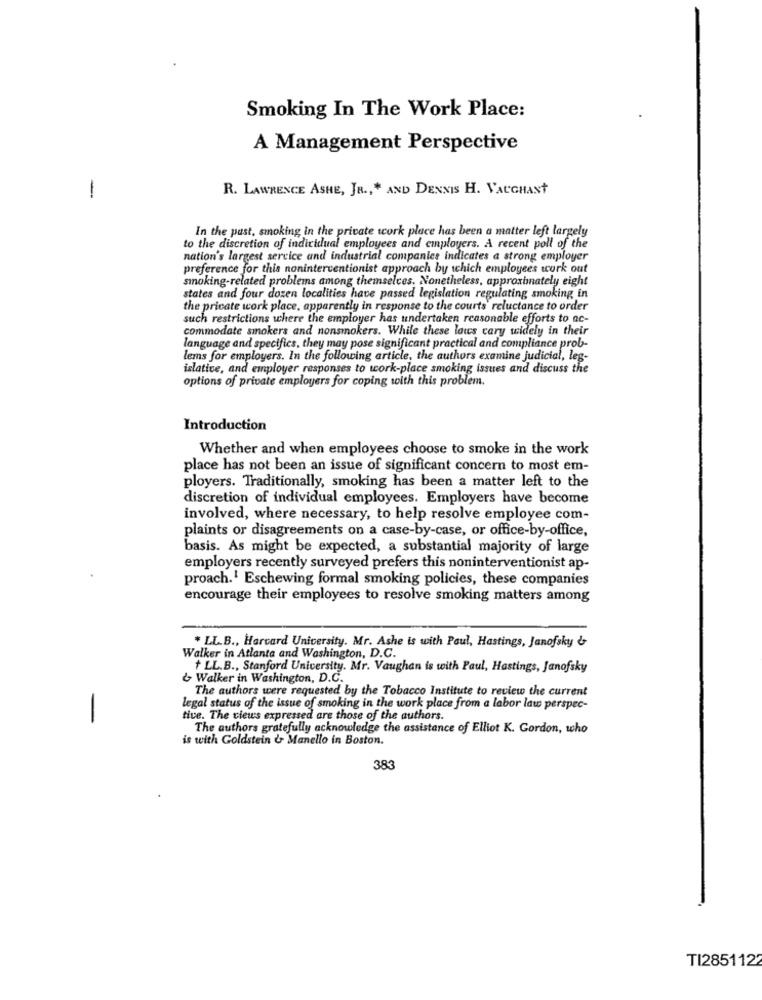
Smoking In The Work Place:
A Management Perspective
-
R. LAWRENCE ASHE, JR ., " AND DENNIS H. VAUGHANt
In the past, smoking in the private work place has been a matter left largely
to the discretion of individual employees and employers. A recent poll of the
nation's largest service and industrial companies indicates a strong employer
preference for this noninterventionist approach by which employees work out
smoking-related problems among themselves. Nonetheless, approximately eight
states and four dozen localities have passed legislation regulating smoking in
the pricate work place, apparently in response to the courts' reluctance to order
such restrictions where the employer has undertaken reasonable efforts to ac-
commodate smokers and nonsmokers. While these laws cary widely in their
language and specifics, they may pose significant practical and compliance prob-
lems for employers. In the following article, the authors examine judicial, leg-
islative, and employer responses to work-place smoking issues and discuss the
options of private employers for coping with this problem.
Introduction
Whether and when employees choose to smoke in the work
place has not been an issue of significant concern to most em-
ployers. Traditionally, smoking has been a matter left to the
discretion of individual employees. Employers have become
involved, where necessary, to help resolve employee com-
plaints or disagreements on a case-by-case, or office-by-office,
basis. As might be expected, a substantial majority of large
employers recently surveyed prefers this noninterventionist ap-
proach.' Eschewing formal smoking policies, these companies
encourage their employees to resolve smoking matters among
* LL.B ., Harvard University. Mr. Ashe is with Paul, Hastings, Janofsky &
Walker in Atlanta and Washington, D.C.
+ LL.B ., Stanford University. Mr. Vaughan is with Paul, Hastings, Janofsky
& Walker in Washington, D.C.
The authors were requested by the Tobacco Institute to review the current
legal status of the issue of smoking in the work place from a labor law perspec-
-
tive. The views expressed are those of the authors.
The authors gratefully acknowledge the assistance of Elliot K. Gordon, who
is with Goldstein & Manello in Boston.
383
TI2851122